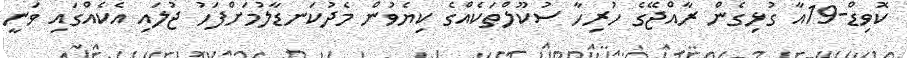
ކޮވިޑް-19އާ ގުޅިގެން ރާއްޖޭގެ ހުރިހާ ސުކޫލްތަކެއްގެ ކިޔެވުން މެދުކަނޑާލުމަށްފަހު ޖުލައި އެކެއްގައި ވަނީ